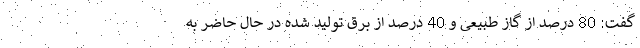
گفت: 80 درصد از گاز طبیعی و 40 درصد از برق تولید شده در حال حاضر به